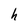
Character: h